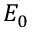
E _ { 0 }